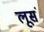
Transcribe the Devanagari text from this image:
लूसं